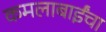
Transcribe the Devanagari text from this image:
कमलाबाईंचा